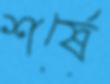
শর্ষে